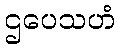
ဌပေသဟံ